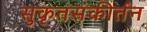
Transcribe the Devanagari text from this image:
सुकृतसंकीर्तन